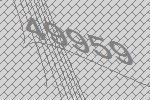
49959